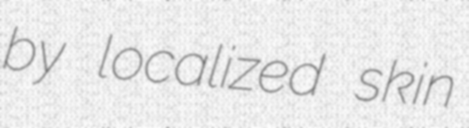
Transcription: by localized skin